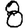
Digit: 8